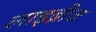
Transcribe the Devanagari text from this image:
लाइब्नीज